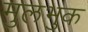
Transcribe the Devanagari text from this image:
मुलभुक